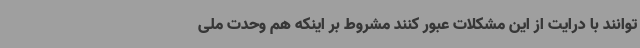
‌توانند با درایت از این مشکلات عبور کنند مشروط بر اینکه هم وحدت ملی